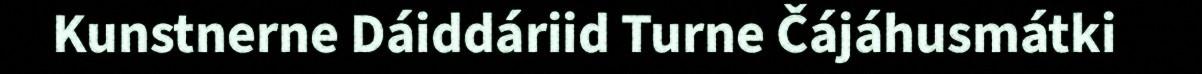
Kunstnerne Dáiddáriid Turne Čájáhusmátki